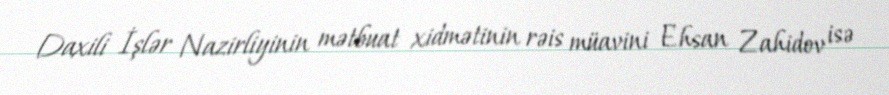
Daxili İşlər Nazirliyinin mətbuat xidmətinin rəis müavini Ehsan Zahidov isə